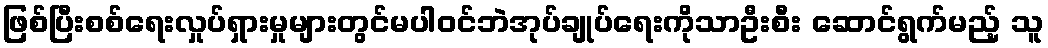
ဖြစ်ပြီးစစ်ရေးလှုပ်ရှားမှုများတွင်မပါဝင်ဘဲအုပ်ချုပ်ရေးကိုသာဦးစီး ဆောင်ရွက်မည့် သူ